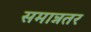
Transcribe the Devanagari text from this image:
समान्नतर